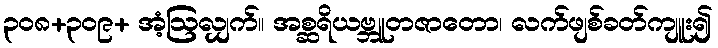
၃၀၈+၃၀၉+ အံ့ဩလျှက်။ အစ္ဆရိယဗ္ဘူတဇာတော၊ လက်ဖျစ်ခတ်ကျူး၍